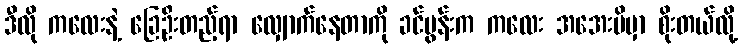
ဒီလို ကလေးနဲ့ ခြေဦးတည့်ရာ လျှောက်နေတာကို ခင်ပွန်းက ကလေး အအေးမိမှာ စိုးတယ်လို့